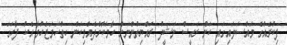
ފިކުރެއްގެ މައްސަލައިގައި ކަން ރައީސް ނަޝީދު ރައްޔިތުންނަށް ހާމަކޮށްދެއްވިކަން ހިތްހަމަޖެހުމާ އެކު ފާހަގަ